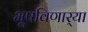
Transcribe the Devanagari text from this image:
भूषविणार्‍या